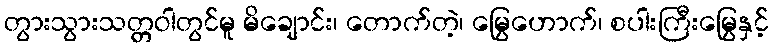
တွားသွားသတ္တဝါတွင်မူ မိချောင်း၊ တောက်တဲ့၊ မြွေဟောက်၊ စပါးကြီးမြွေနှင့်